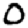
Digit: 0